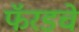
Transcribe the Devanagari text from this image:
फॅरडचे